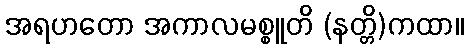
အရဟတော အကာလမစ္စူတိ (နတ္တိ)ကထာ။